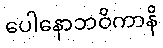
ပေါနောဘဝိကာနိ